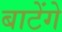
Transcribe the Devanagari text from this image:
बाटेंगे